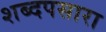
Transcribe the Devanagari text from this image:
शब्दपसारा